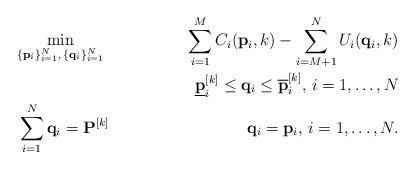
LaTeX: \begin{align*}& \underset{\{\mathbf{p}_i\}_{i=1}^N,\, \{\mathbf{q}_i\}_{i=1}^N}{\min} & \sum_{i=1}^M C_i(\mathbf{p}_i,k) - \sum_{i=M+1}^N U_i(\mathbf{q}_i,k) \\& & \underline{\mathbf{p}}_i^{[k]} \leq \mathbf{q}_i \leq \overline{\mathbf{p}}_i^{[k]},\, i = 1,\hdots,N \\& \sum_{i=1}^N \mathbf{q}_i = \mathbf{P}^{[k]} & \mathbf{q}_i = \mathbf{p}_i,\, i=1,\hdots,N.\end{align*}